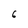
Character: 6